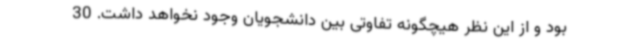
بود و از این نظر هیچگونه تفاوتی بین دانشجویان وجود نخواهد داشت. 30